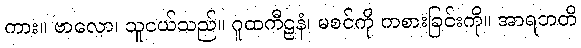
ကား။ ဗာလော၊ သူငယ်သည်။ ဂူထကီဠနံ၊ မစင်ကို ကစားခြင်းကို။ အာရဘတိ